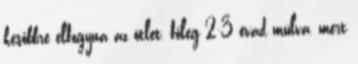
későbbre elfogyna az ötlet, főleg 2-3 évad múlva, mert